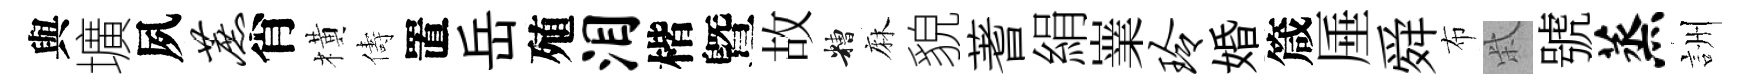
與壙夙蔗肖橫儔置岳殖泪楷曁故糟麻貌蓍絹嶪玲婚箴厜舜布柴號蒸詶